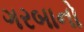
ગરબાનો